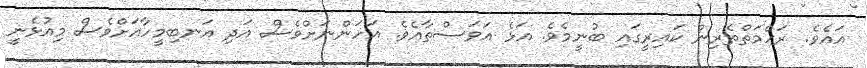
އައެވެ. ރަޙްމަތްތެރިން ކައިރީގައި ބުނީމެވެ. އަޅެ އަވަސްތާއެވެ. އަހަންނަށްވެސް އަދި އަނބިމީހާއަށްވެސް މިއުޅެނީ